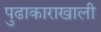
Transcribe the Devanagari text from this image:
पुढाकाराखाली